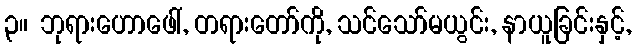
၃။ ဘုရားဟောဖေါ်, တရားတော်ကို, သင်သော်မယွင်း, နာယူခြင်းနှင့်,